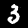
Label: 3